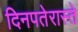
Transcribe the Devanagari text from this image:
दिनपतेरास्ते